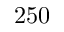
2 5 0